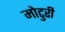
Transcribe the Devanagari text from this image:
मोटुरी